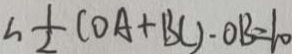
\therefore \frac { 1 } { 2 } ( O A + B C ) \cdot O B = 1 0